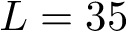
L = 3 5